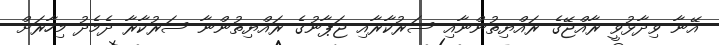
އޭނާ ވިދާޅުވީ ރާއްޖޭގެ ރައްޔިތުންނާއި ސަރުކާރާއި ޖަޕާނުގެ ރައްޔިތުންނާ ސަރުކާރާ ދެމެދު މިހާރަށް